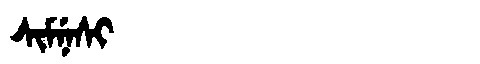
Manchu: ᠰᡳᠮᠨᡝᠰᡳ
Romanization: SIMNESI